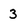
Character: 3